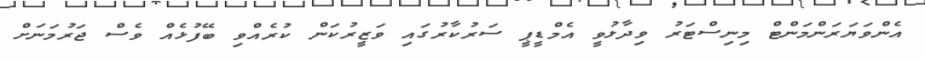
އެންވަޔަރަންމަންޓް މިނިސްޓަރު ވިދާޅުވީ އެމްޑީޕީ ސަރުކާރުގައި ވަޒީރުކަން ކުރެއްވި ބޭފުޅެއް ވެސް ޖަރުމަނަށް